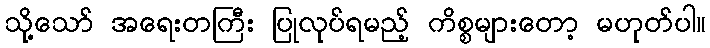
သို့သော် အရေးတကြီး ပြုလုပ်ရမည့် ကိစ္စများတော့ မဟုတ်ပါ။